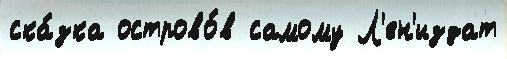
ска́зка острово́в самому Л'ен'издат